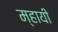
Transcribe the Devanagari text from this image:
म्हायी